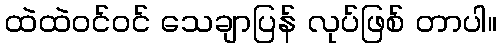
ထဲထဲဝင်ဝင် သေချာပြန် လုပ်ဖြစ် တာပါ။